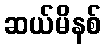
ဆယ်မိနစ်